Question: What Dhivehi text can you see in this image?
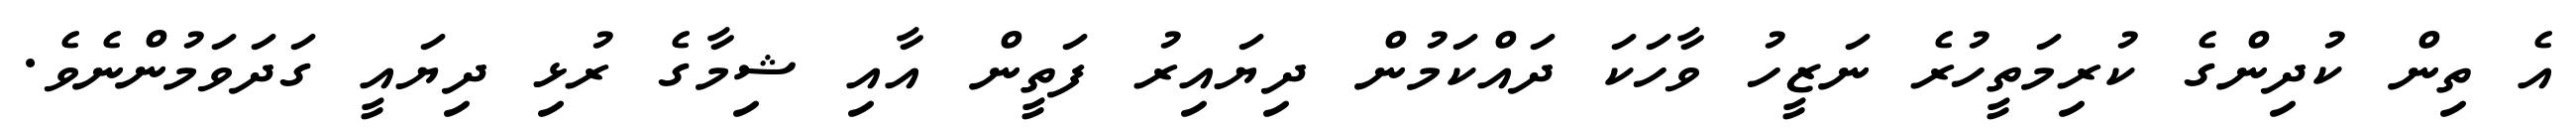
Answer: އެ ތިން ކުދިންގެ ކުރިމަތީހުރެ ނަޒީހު ވާހަކަ ދައްކަމުން ދިޔައިރު ފަތީން އާއި ޝިމާގެ ރުޅި ދިޔައީ ގަދަވަމުންނެވެ.